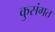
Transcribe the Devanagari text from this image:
कुसंगत